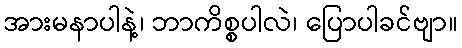
အားမနာပါနဲ့၊ ဘာကိစ္စပါလဲ၊ ပြောပါခင်ဗျာ။